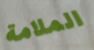
الملامة